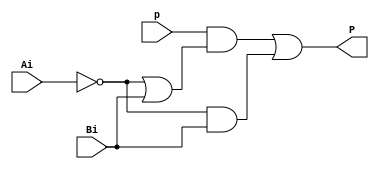
/* Definicin de mdulo para la celda tpica de la 
   red iterativa analizando las palabras de derecha a izquierda
*/
   
module celdaTipicaDerIzq (
    input p, Ai, Bi,
    output P
); 

    /* wires para la construccin de las funciones lgicas
    de P */
    wire s0, s1, s2;

    /* funcin lgica para la variable de prximo estado P */
    assign s0 = ~Ai | Bi;
    assign s1 = ~Ai & Bi;
    assign s2 = p & s0;    

    assign P = s2 | s1;
endmodule